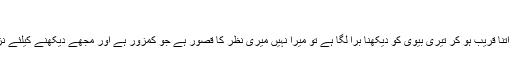
جاری ہے
اور اگر تجھے میرا اتنا قریب ہو کر تیری بیوی کو دیکھنا برا لگا ہے تو میرا نہیں میری نظر کا قصور ہے جو کمزور ہے اور مجھے دیکھنے کیلئے نزدیک ہونا پڑتا ہے۔